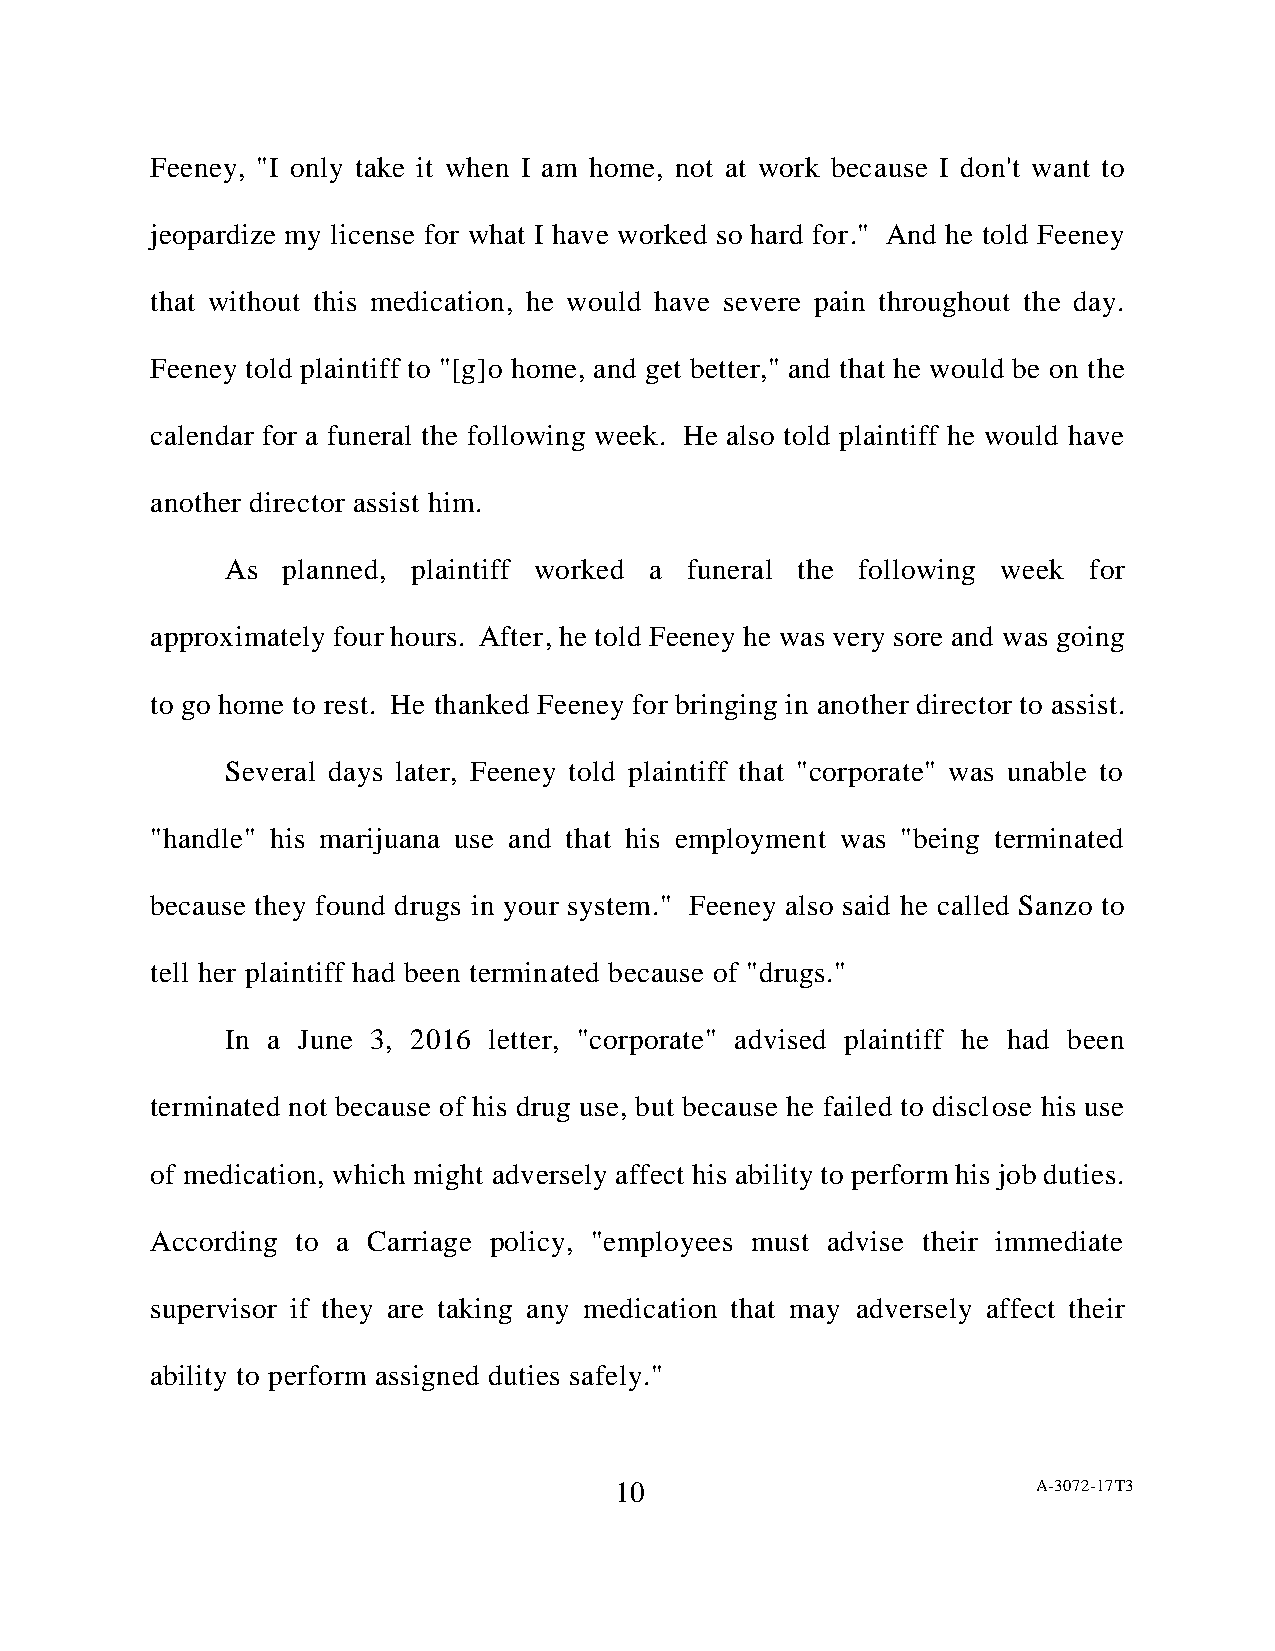
Feeney, "I only take it when I am home, not at work because I don't want to
 jeopardize my license for what I have worked so hard for." And he told Feeney
 that without this medication, he would have severe pain throughout the day.
 Feeney told plaintiff to "[g]o home, and get better," and that he would be on the
 calendar for a funeral the following week. He also told plaintiff he would have
 another director assist him.
 As  planned, plaintiff worked a funeral the following week for
 approximately four hours. After, he told Feeney he was very sore and was going
 to go home to rest. He thanked Feeney for bringing in another director to assist.
 Several days later, Feeney told plaintiff that "corporate" was unable to
 "handle" his marijuana use and that his employment was "being terminated
 because they found drugs in your system." Feeney also said he called Sanzo to
 tell her plaintiff had been terminated because of "drugs."
 In a June 3, 2016 letter, "corporate" advised plaintiff he had been
 terminated not because of his drug use, but because he failed to disclose his use
 of medication, which might adversely affect his ability to perform his job duties.
 According to a Carriage policy, "employees must advise their immediate
 supervisor if they are taking any medication that may adversely affect their
 ability to perform assigned duties safely."
 10                          A-3072-17T3